Report of the Municipal Commissioner on the plague in Bombay for the year ending 31st May... - Volume 2
Disease focus: Plague
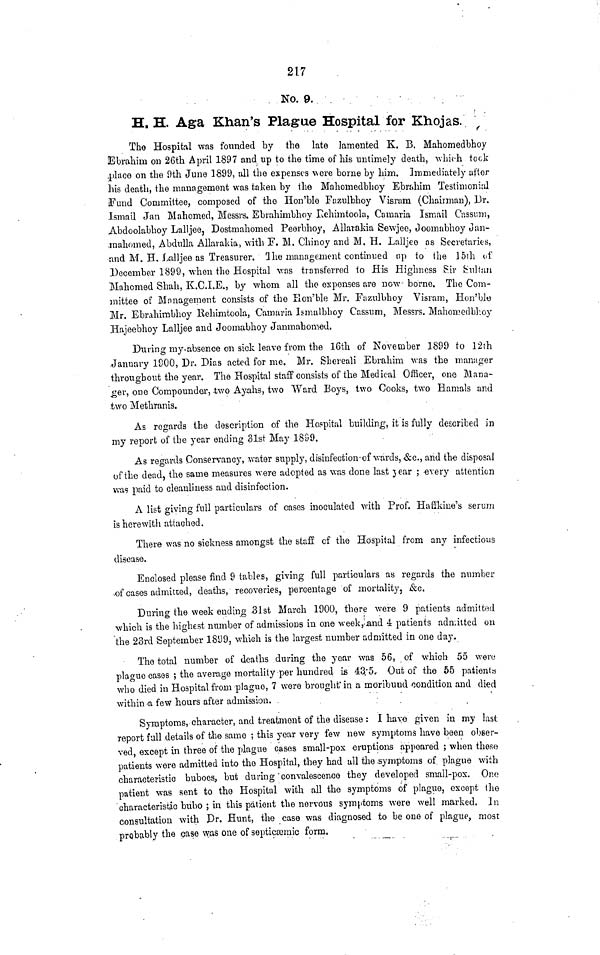
21.7
No. 9. .
H. H. Aga Khan's Plague Hospital for Khojas.
The Hospital was founded by the late lamented K, B, Mahomedbhoy
SDbrahim on 26th April 1897 and up to the time of his untimely death, which took
.place on the 9th June 1899, all the expenses were borne by him. Immediately after
his death, the management was taken by the Mahomedbboy Ebr&him Testimonial
Fund Committee, composed of the Hon'ble Fazulbhoy Visram (Chairman), Dr.
Ismail Jan Mahomed, Messrs. Ebrahimbhoy Kehimtoola, Camaria Ismail Cassimi,
Abdoolabhoy Lalljee, Dostmahomed Peerbhoy, Allarakia Sewjee, Ooomabhoy uan-
mahomed, Abdulla Allarakia, with F. M. Chinoy and M. H. Lalljee as Secretaries,
•and M. H. Lalljee as Treasurer. Qhe management continued np to the 15th of
December 1899, when the Hospital was transferred to His Highness Fir Pultun
Mahomed Shah, K.O.I.E., by whom all the expenses are now borne. The Com-
mittee of Management consists of the Hon'ble Mr. Fazulbhoy Visram, Hon'ble
Mr. Ebrahimbhoy Rehimtoola, Camaria Ismalbhoy Cassum, Messrs. Mahomedbhoy
Hajeebhoy Lalljee and Joomabhoy Janmahomed.
During my.absence on sick leave from the 16th of November 1899 to 12th
January 1900, Dr. Dias acted for me. Mr. Shereali Ebrahim was the manager
throughout the year. The Hospital staff consists of the Medical Officer, one Mana-
ger, one Compounder, -two Ayahs, two Ward Boys, two Cooks, two Hamals and
two Methranis.
As regards the description of the Ho?pitul building, it is fully described in
my report of the year ending 31st May 1899.
As regards Conservancy, water supply, disinfection-of wards, £c., and the disposal
of the dead, the same measures were adopted as was done last 3 ear ; every attention
was paid to cleanliness and disinfection.
A list giving full particulars of cases inoculated with Prof. Hafi'kine's serum
is herewith attached.
There was no sickness amongst the staff cf the Hospital from any infectious
disease.
Enclosed please find 9 tables, giving full particulars as regards the number
,of cases admitted, deaths, recoveries, percentage of mortality, &c.
During the week ending -31st March 1900, there were 9 patients admitted
which is the highest number of admissions in one week^and 4 patients admitted on
the 23rd September 1899, which is the largest number admitted in one day.
The total number of deaths during the year was 56, of which 55 were
plague cases ; the average mortality per hundred is 43;5. Out of the 55 patients
who died in Hospital from plague, 7 were brought" in a moribund condition and died
within <a few hours after admission.
•
Symptoms, character, and treatment of the disease : I have given in my last
report full details of the same ; this year very few new symptoms have been obser-
ved, except in three of the plague cases small-pox oruptions appeared ; when these
patients were admitted into the Hospital, they had all the .symptoms of plague with
characteristic buboes, but during'convalescence they developed small-pox. One
patient was sent to the Hospital with all the symptoms of plague, except the
characteristic bubo ; in this patient the nervous symptoms were well marked. In
consultation with J)r. Hunt, the case was diagnosed to be one of plague, most
probably the .case \v ; as one of sopticsemic form.